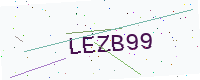
Text: LEZB99